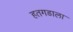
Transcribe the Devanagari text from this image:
हतगडाला